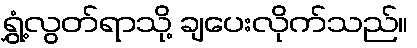
ရွှံ့လွတ်ရာသို့ ချပေးလိုက်သည်။